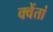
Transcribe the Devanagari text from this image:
क्वेंतां